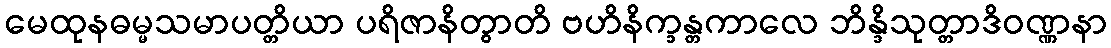
မေထုနဓမ္မသမာပတ္တိယာ ပရိဇာနိတွာတိ ဗဟိနိက္ခန္တကာလေ ဘိန္ဒိသုတ္တာဒိဝဏ္ဏနာ